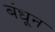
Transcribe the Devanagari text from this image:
बंधून